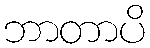
ဘာတာပိ